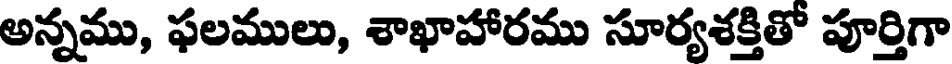
అన్నము, ఫలములు, శాఖాహారము సూర్యశక్తితో పూర్తిగా